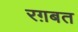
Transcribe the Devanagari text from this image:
रग़बत